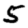
Digit: 5